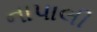
નાપાલી